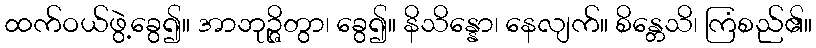
ထက်ဝယ်ဖွဲ့ခွေ၍။ အာဘုဉ္ဇိတွာ၊ ခွေ၍။ နိသိန္နော၊ နေလျက်။ စိန္တေသိ၊ ကြံစည်၏။